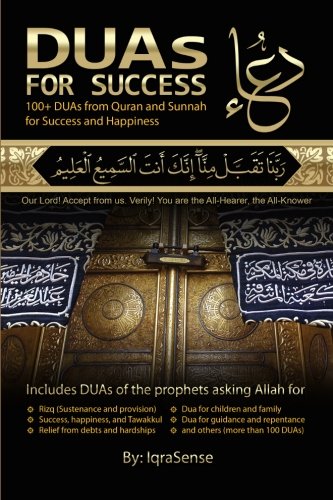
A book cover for DUAs for Success: 100+ DUAs (prayers and supplications) from Quran and Hadith; IqraSense; Religion & Spirituality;